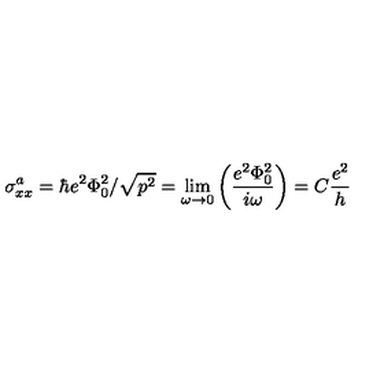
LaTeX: \sigma _ { x x } ^ { a } = \hbar e ^ { 2 } \Phi _ { 0 } ^ { 2 } / \sqrt { p ^ { 2 } } = \lim _ { \omega \rightarrow 0 } \left( \frac { e ^ { 2 } \Phi _ { 0 } ^ { 2 } } { i \omega } \right) = C \frac { e ^ { 2 } } { h }